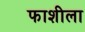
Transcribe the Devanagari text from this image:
फाशीला